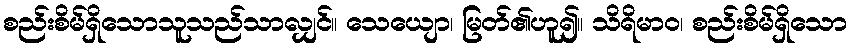
စည်းစိမ်ရှိသောသူသည်သာလျှင်။ သေယျော၊ မြတ်၏ဟူ၍။ သိရိမာဝ၊ စည်းစိမ်ရှိသော